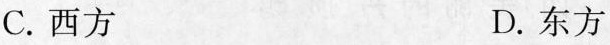
C.西方 D.东方